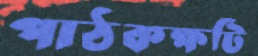
পাঠকক্ষটি